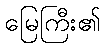
မြေကြီး၏